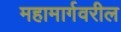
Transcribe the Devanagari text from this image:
महामार्गवरील